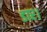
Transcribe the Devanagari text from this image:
डार।